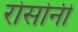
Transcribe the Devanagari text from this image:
रोसोनी